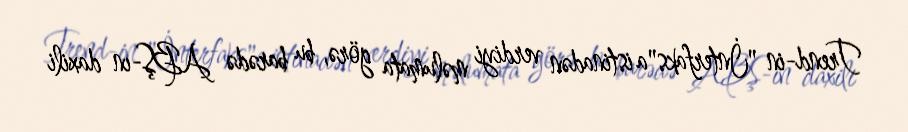
Trend-in "İnterfaks"a istinadən verdiyi məlumata görə, bu barədə ABŞ-ın daxili